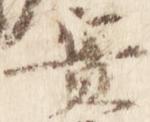
実